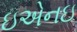
ઇએનઇ